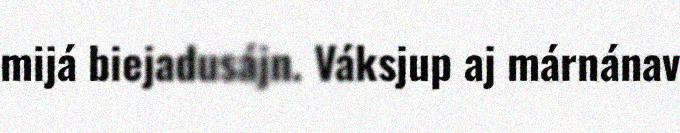
mijá biejadusájn. Váksjup aj márnánav